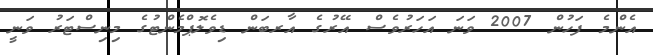
އެންމެ ފަހުން 2007 ވަނަ އަހަރުވެސް އޭރުގެ އާރބަން ޑިވެލޮޕްމެންޓުގެ މިނިސްޓަރު ވަނީ